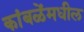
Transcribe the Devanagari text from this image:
कांबळेंमधील